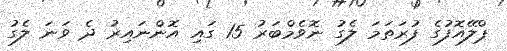
ޕްލޭއޮފުގެ ފުރަތަމަ ލެގު ނޮވެމްބަރު 15 ގައި އޮންނައިރު ދެ ވަނަ ލެގު